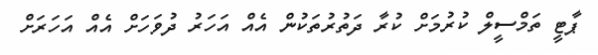
ޕާޓީ ތަމްސީލް ކުރުމަށް ކުރާ ދަތުރުތަކުން އެއް އަހަރު ދުވަހަށް އެއް އަހަރަށް